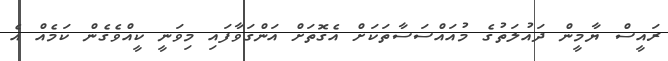
ރައީސް ޔާމީން ދައުލަތުގެ މުއައްސަސާތަކަށް އެގޮތަށް އަންގަވާފައި މިވަނީ ކީއްވެގެން ކަމެއް އެ